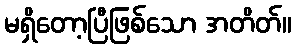
မရှိတော့ပြီဖြစ်သော အတိတ်။